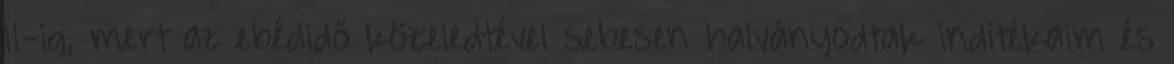
11-ig, mert az ebédidő közeledtével sebesen halványodtak indítékaim és